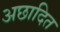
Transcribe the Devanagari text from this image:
अछादित